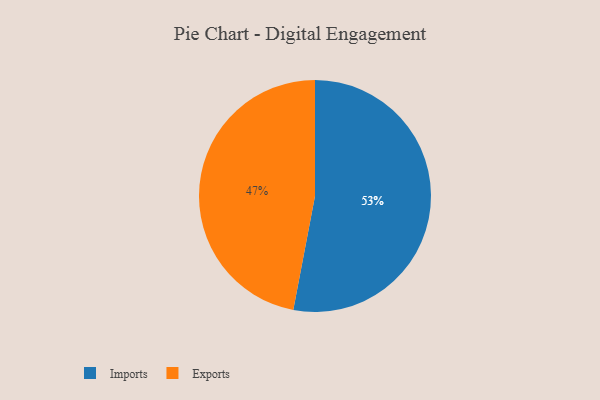
{"axis": {"x": "Category", "y": "Percentage"}, "legend": ["Exports", "Imports"], "data": [{"x": "Imports", "y": 53, "type": "Imports"}, {"x": "Exports", "y": 47, "type": "Exports"}]}